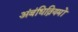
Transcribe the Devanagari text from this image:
अंबंधित्नियमों